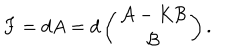
F = d A = d \left( \begin{array} { c } { { { \cal A } - K { \cal B } } } \\ { { { \cal B } } } \\ \end{array} \right) .